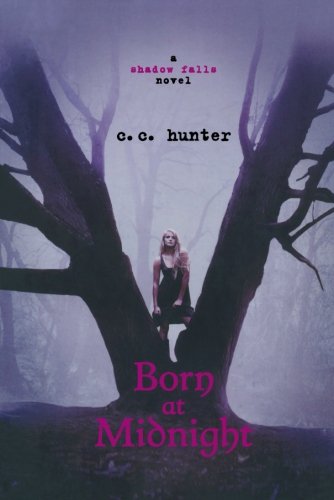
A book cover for Born at Midnight (A Shadow Falls Novel); C. C. Hunter; Teen & Young Adult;